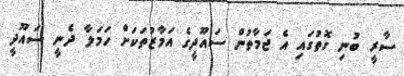
ސާރީ ބުނި ގޮތުގައި އެ ޖަމާތުން ސައޫދީގެ އަމާޒުތަކަށް ހަމަލާ ދެނީ ސައޫދީ